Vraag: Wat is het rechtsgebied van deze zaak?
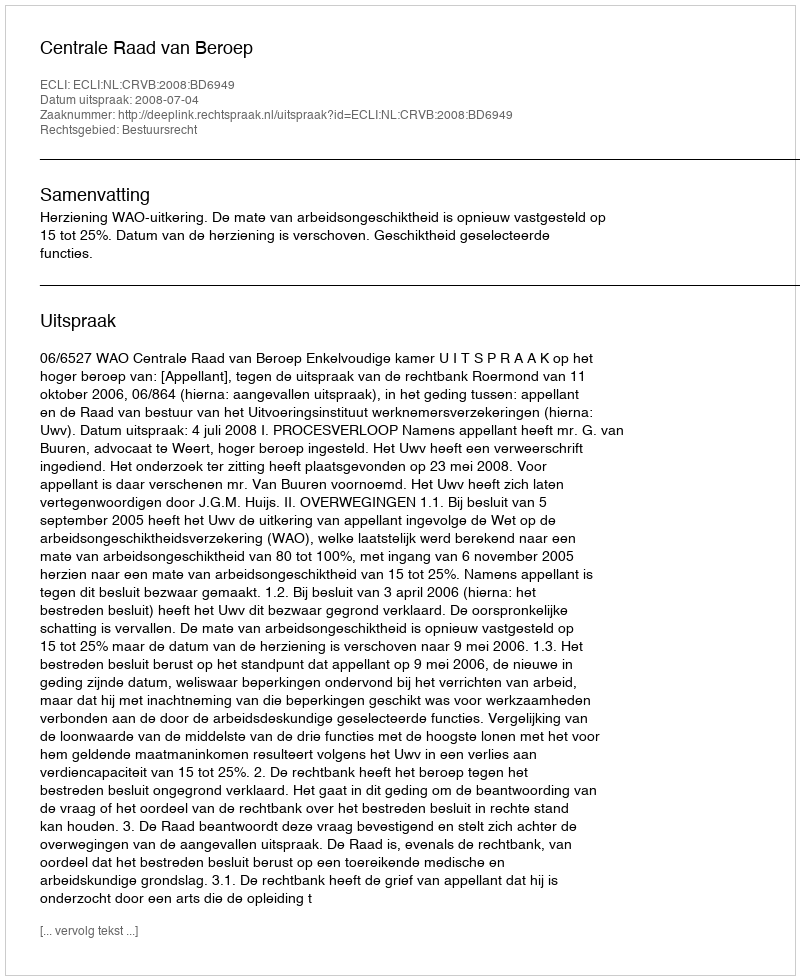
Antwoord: Bestuursrecht